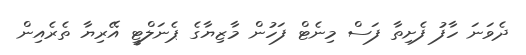
ދެވަނަ ހާފު ފެށިތާ ފަސް މިނެޓް ފަހުން މާޒިޔާގެ ޕެނަލްޓީ އޭރިޔާ ތެރެއިން